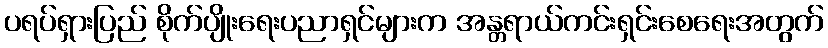
ပရပ်ရှားပြည် စိုက်ပျိုးရေးပညာရှင်များက အန္တရာယ်ကင်းရှင်းစေရေးအတွက်